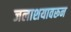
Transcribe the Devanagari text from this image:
जलाशयावरून